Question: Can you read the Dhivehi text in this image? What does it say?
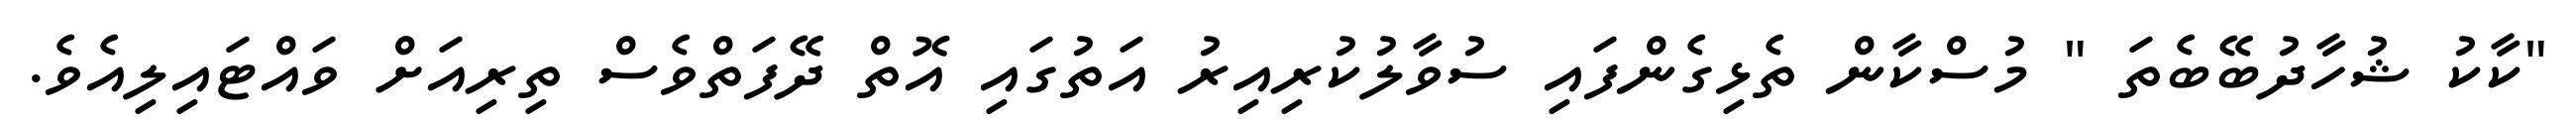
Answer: "ކާކު ޝުހާދުބޭބެތަ " މުސްކާން ތެޅިގެންފައި ސުވާލުކުރިއިރު އަތުގައި އޮތް ދޭފަތްވެސް ތިރިއަށް ވައްޓައިލިއެވެ.